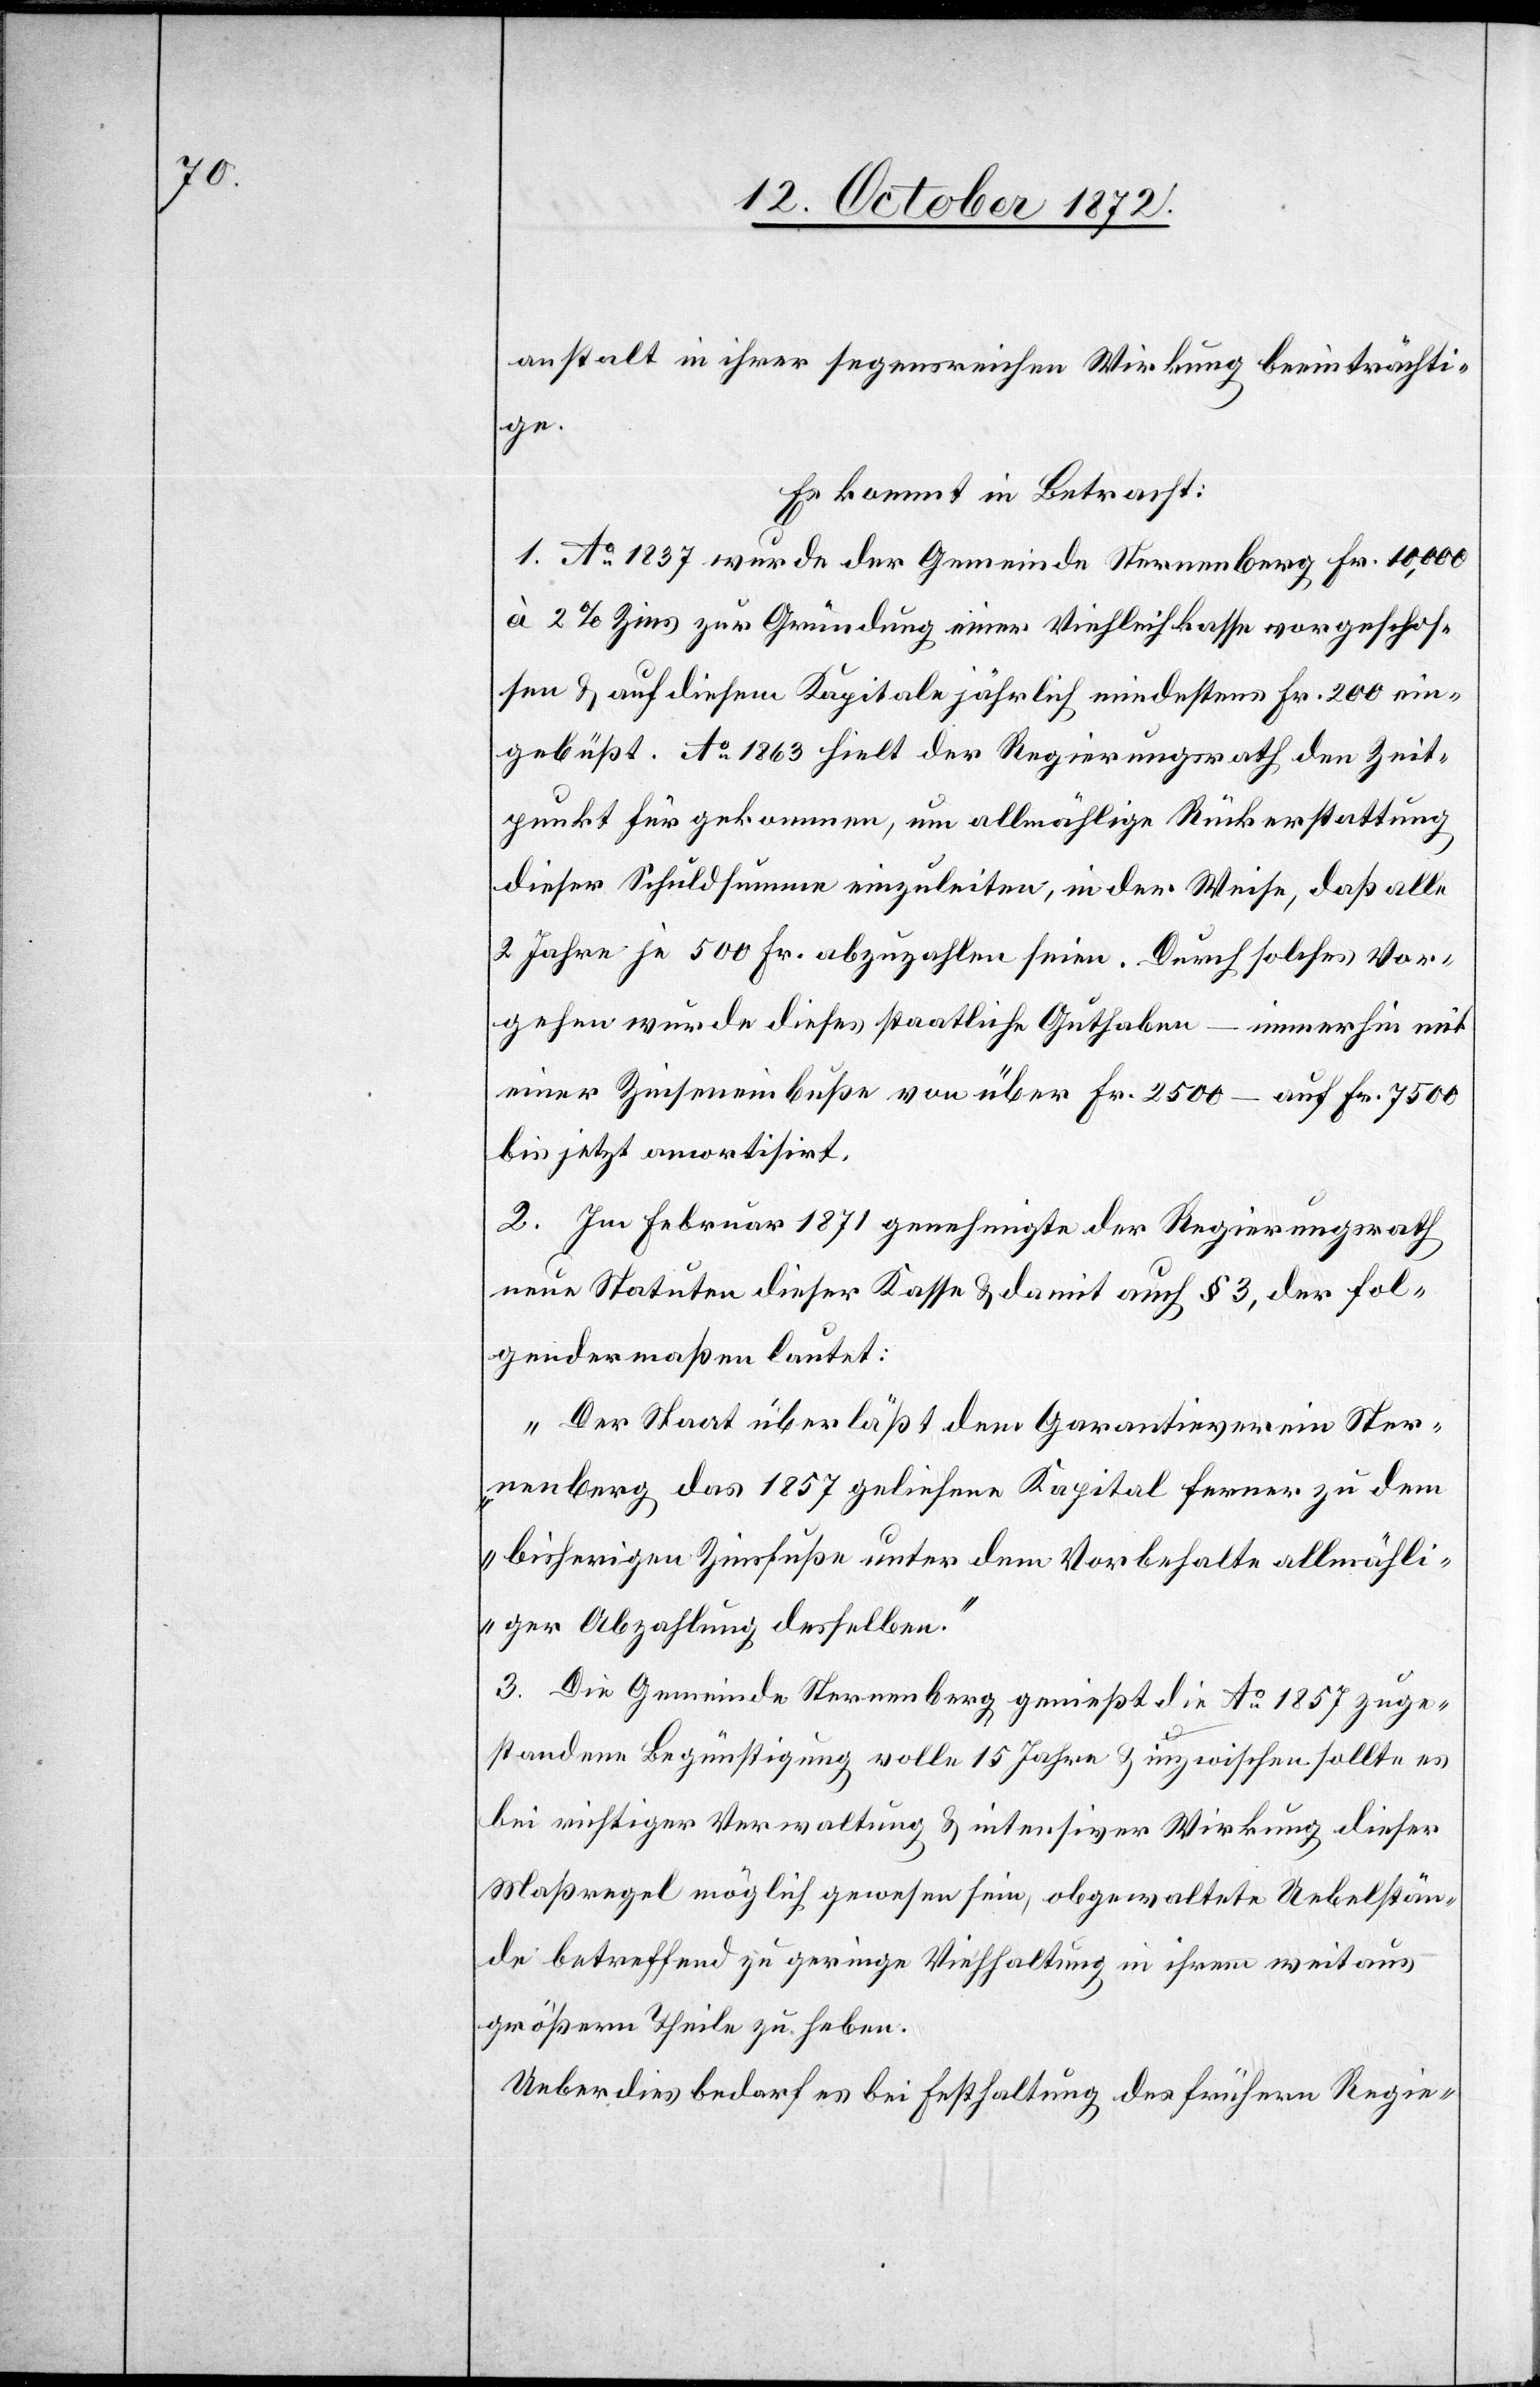
anstalt in ihrer segensreichen Wirkung beeinträchti¬
ge.
Es kommt in Betracht:
1. Ao 1837 wurde der Gemeinde Sternenberg Fr. 10,000
à 2% Zins zur Gründung einer Viehleihkasse vorgeschos¬
sen u. auf diesem Kapitale jährlich mindestens Fr. 200 ein¬
gebüßt. Ao 1863 hielt der Regierungsrath den Zeit¬
punkt für gekommen, um allmählige Rückerstattung
dieser Schuldsumme einzuleiten, in der Weise, daß alle
2 Jahre je 500 Fr. abzuzahlen seien. Durch solches Vor¬
gehen wurde dieses staatliche Guthaben – immerhin mit
einer Zinseneinbuße von über Fr. 2500 – auf Fr. 7500
bis jetzt amortisirt.
2. Im Februar 1871 genehmigte der Regierungsrath
neue Statuten dieser Kasse u. damit auch § 3, der fol¬
gendermaßen lautet:
„Der Staat überläßt dem Garantieverein Ster¬
nenberg das 1857 geliehene Kapital ferner zu dem
bisherigen Zinsfuße unter dem Vorbehalte allmähli¬
ger Abzahlung desselben.“
3. Die Gemeinde Sternenberg genießt die Ao 1857 zuge¬
standene Begünstigung volle 15 Jahre u. inzwischen sollte es
bei richtiger Verwaltung u. intensiver Wirkung dieser
Maßregel möglich gewesen sein, obgewaltete Uebelstän¬
de betreffend zu geringe Viehhaltung in ihrem weitaus
größerem Theile zu heben.
Ueber dies bedarf bei Festhaltung des frühern Regie-